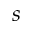
s